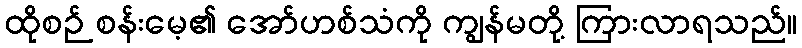
ထိုစဉ် စန်းမေ့၏ အော်ဟစ်သံကို ကျွန်မတို့ ကြားလာရသည်။